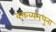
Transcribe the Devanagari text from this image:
वक्तव्यमधुना